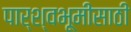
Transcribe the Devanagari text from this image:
पार्श्वभूमीसाठी